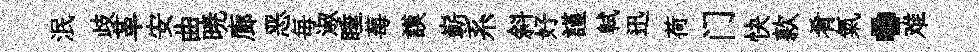
泯歧革安曲暁廊恶毎淑睡莓謨嶄系斜好謹軾迅荷门快款肴氣·难